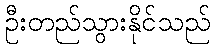
ဦးတည်သွားနိုင်သည်